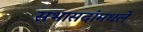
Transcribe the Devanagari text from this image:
सभासदांमधले